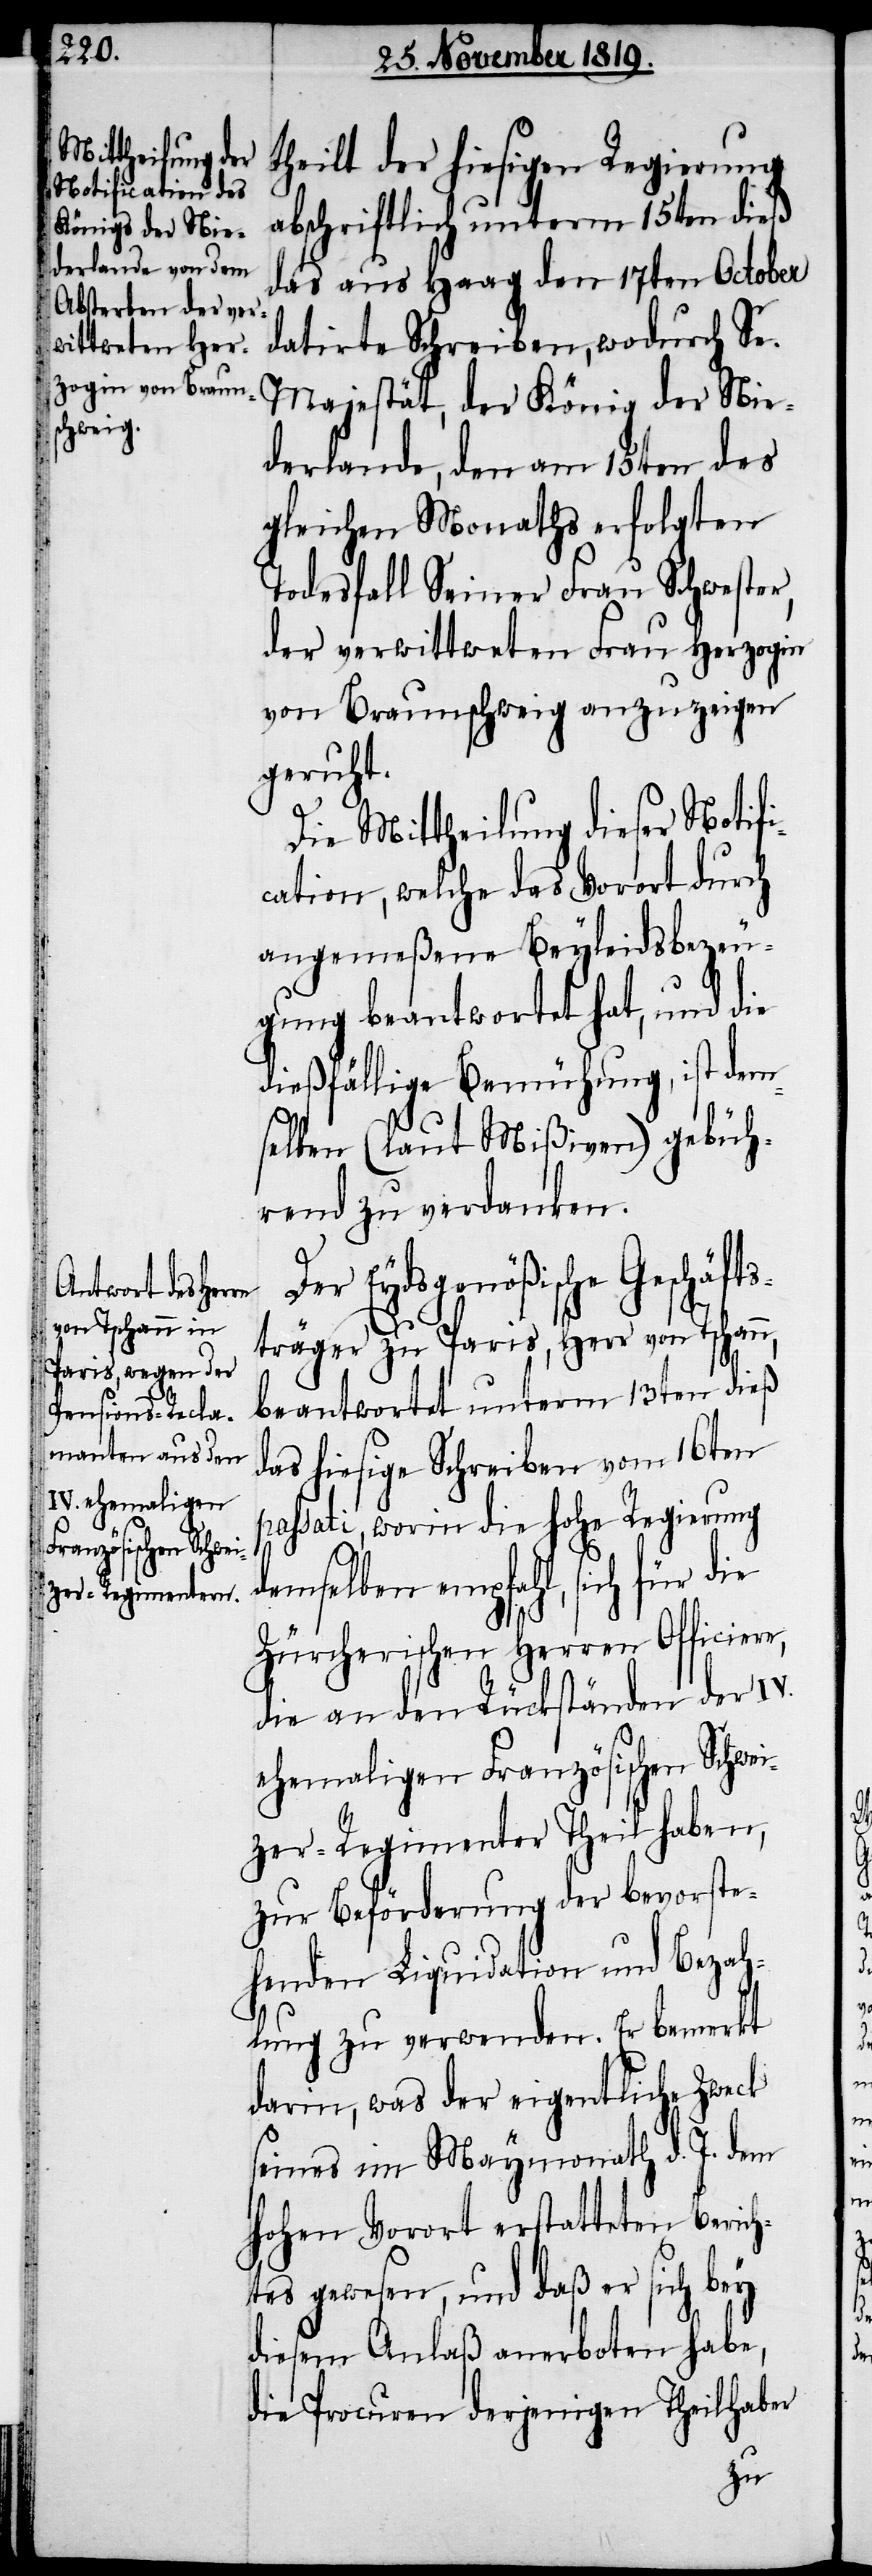
theilt der hiesigen Regierung
abschriftlich unterm 15ten dieß
das aus Haag den 17ten October
datirte Schreiben, wodurch Se.
Majestät, der König der Nie¬
derlande, den am 15ten des
gleichen Monaths erfolgten
Todesfall Seiner Frau Schwester,
der verwittweten Frau Herzogin
von Braunschweig anzuzeigen
geruht.
Die Mittheilung dieser Notifi¬
cation, welche das Vorort durch
angemeßene Beyleidsbezeu¬
gung beantwortet hat, und die
dießfällige Bemühung, ist dem¬
selben (laut Mißiven) gebüh¬
rend zu verdanken.
Der Eydsgenößische Geschäft¬
sträger zu Paris, Herr von Tschan¬
beantwortet unterm 13ten dieß
das hiesige Schreiben vom 16ten
passati, worin die hohe Regierung
demselben empfahl, sich für die
re,
Zürcherischen Herren Officie¬
die an den Rückständen der IV.
ehemaligen Französischen Schwei¬
zer-Regimenter Theil haben,
zur Beförderung der bevorste¬
henden Liquidation und Bezah¬
lung zu verwenden. Er bemerkt
darin, was der eigentliche Zweck
seines im Maymonath d. J. dem
hohen Vorort erstatteten Berich¬
tes gewesen, und daß er sich bey
diesem Anlaß anerboten habe,
die Procuren derjenigen Theilhaber